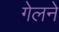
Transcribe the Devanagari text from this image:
गेलने